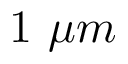
1 \ \mu m